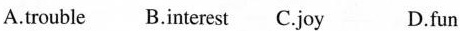
A.trouble B.Interest C.Joy D.fun